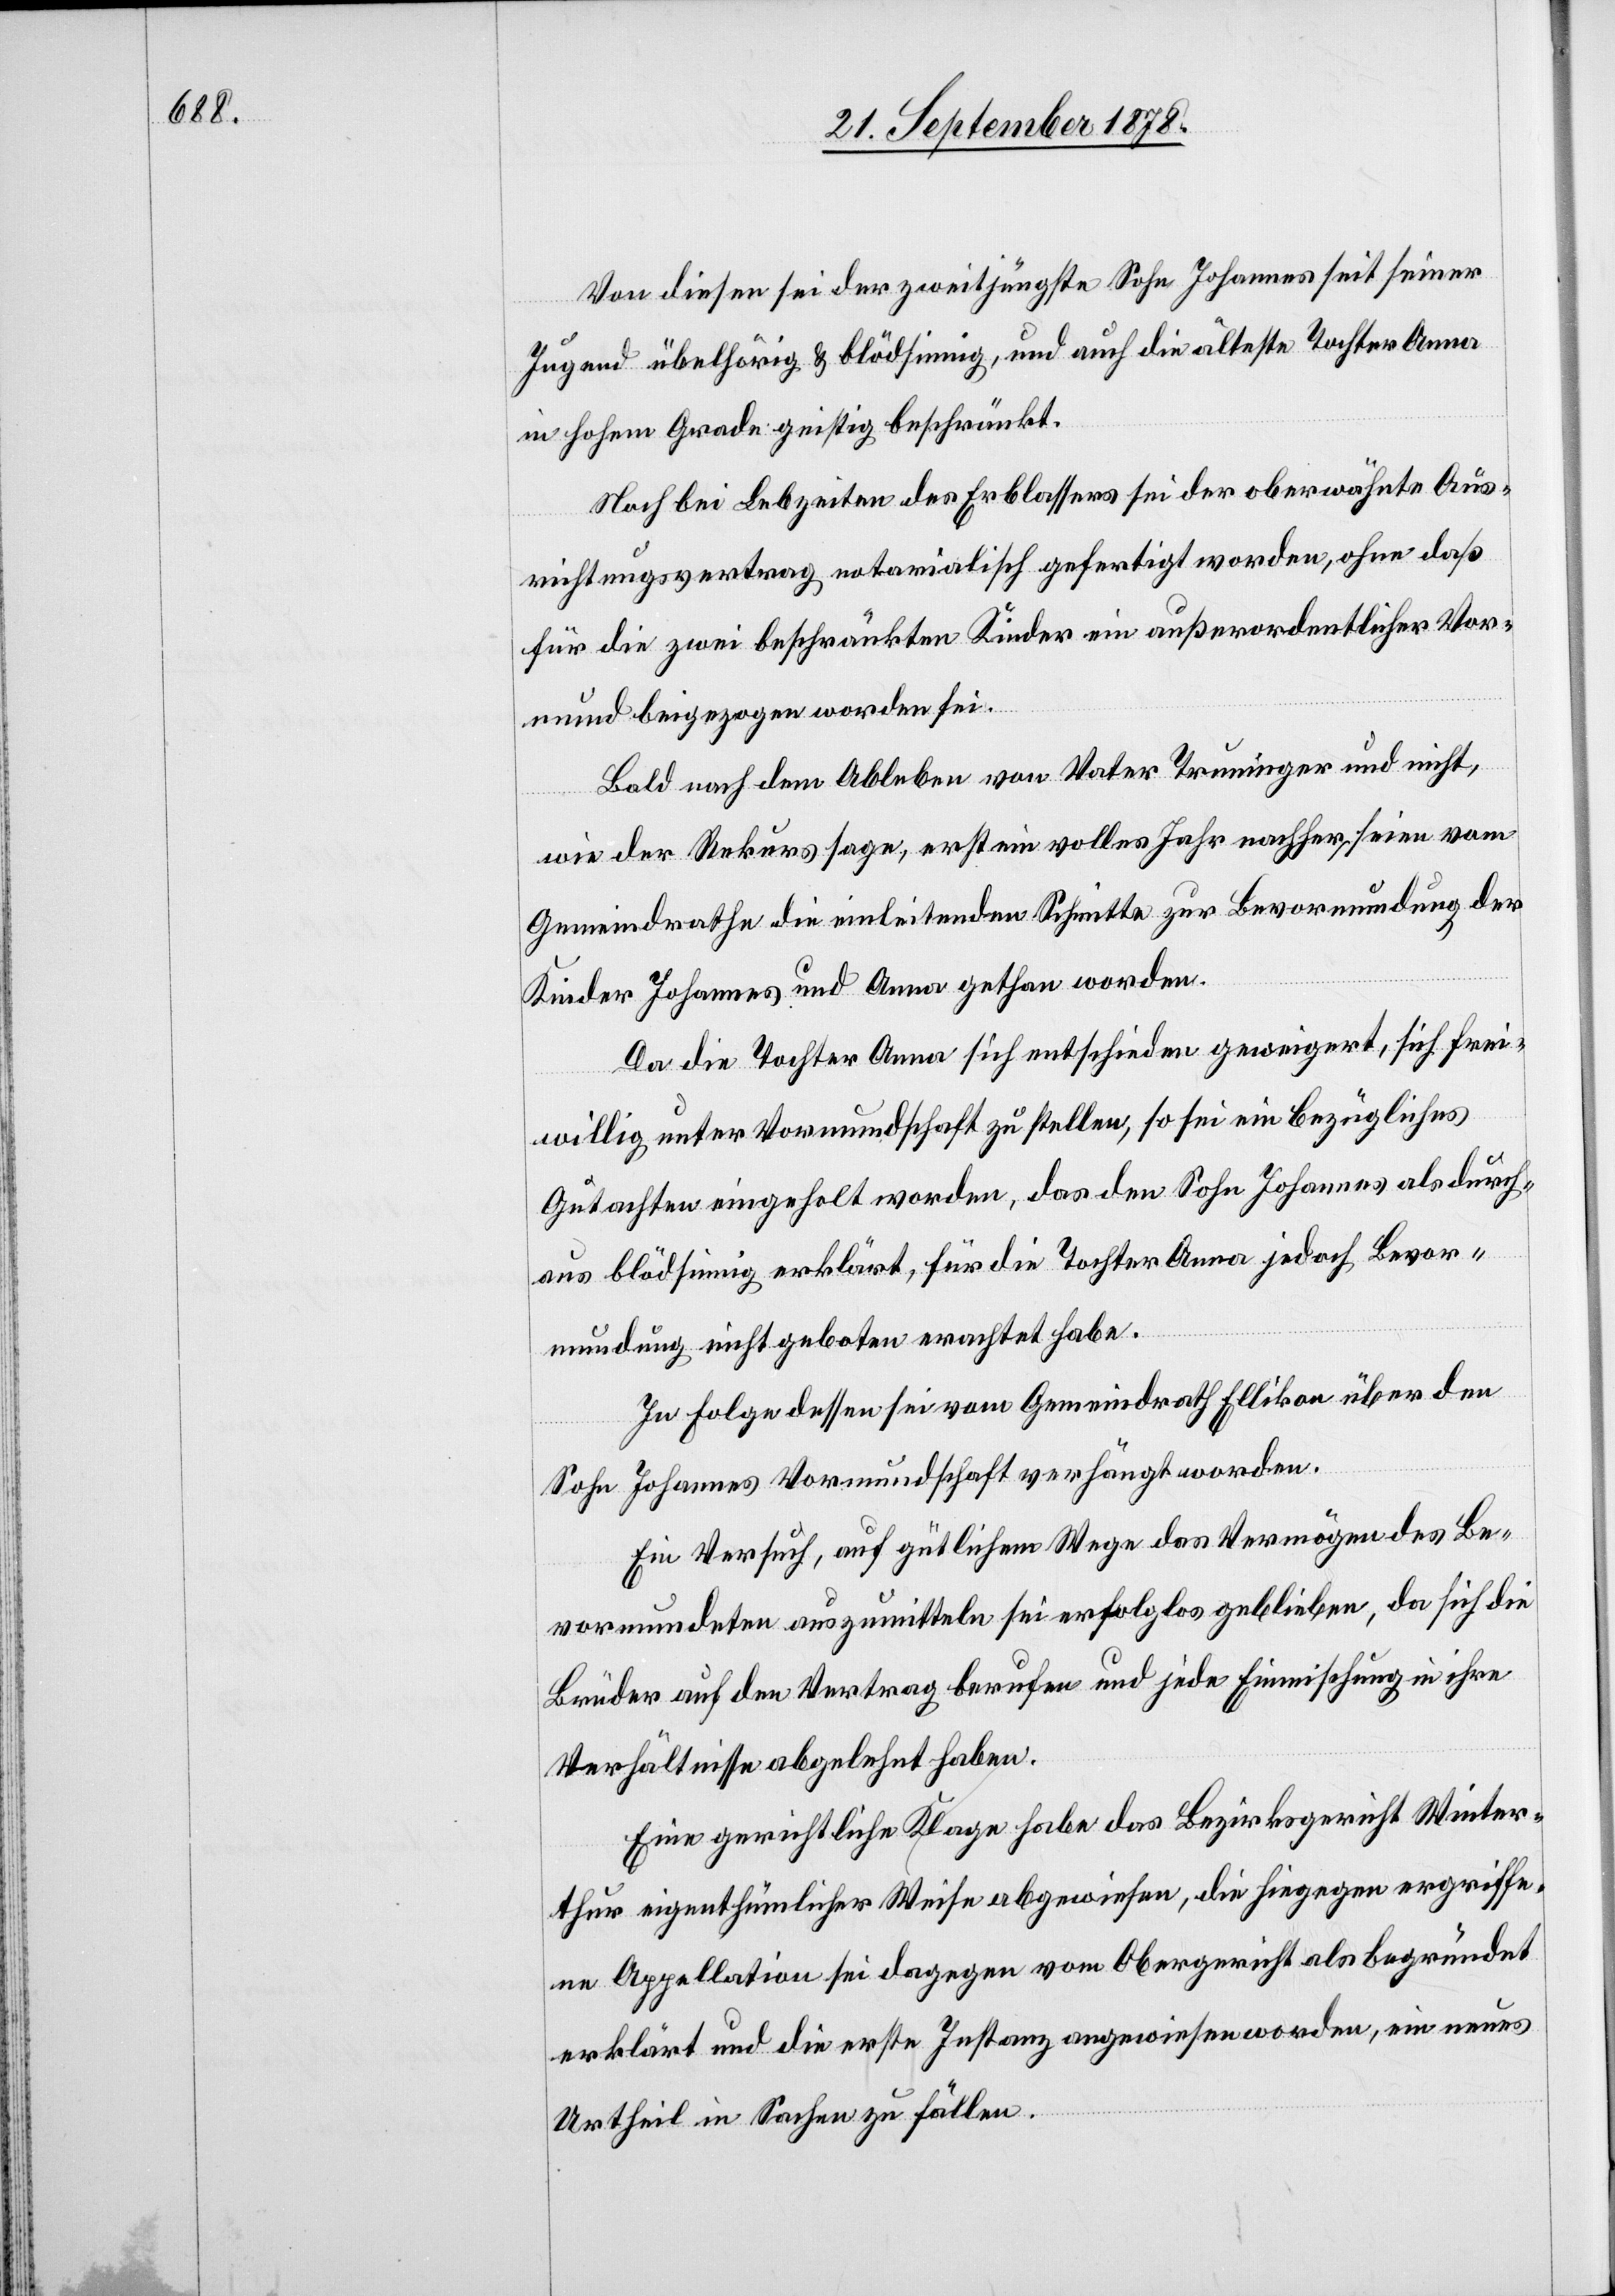
Von diesen sei der zweitjüngste Sohn Johannes seit seiner
Jugend übelhörig & blödsinnig, und auch die älteste Tochter Anna
in hohem Grade geistig beschränkt.
Noch bei Lebzeiten des Erblassers sei der oberwähnte Aus¬
richtungsvertrag notarialisch gefertigt worden, ohne daß
für die zwei beschränkten Kinder ein außerordentlicher Vor¬
mund beigezogen worden sei.
Bald nach dem Ableben von Vater Truninger und nicht,
wie der Rekurs sage, erst ein volles Jahr nachher, seien vom
Gemeindrathe die einleitenden Schritte zur Bevormundung der
Kinder Johannes und Anna gethan worden.
Da die Tochter Anna sich entschieden geweigert, sich frei¬
willig unter Vormundschaft zu stellen, so sei ein bezügliches
Gutachten eingeholt worden, das den Sohn Johannes als durch¬
aus blödsinnig erklärt, für die Tochter Anna jedoch Bevor¬
mundung nicht geboten erachtet habe.
In Folge dessen sei vom Gemeindrath Ellikon über den
Sohn Johannes Vormundschaft verhängt worden.
Ein Versuch, auf gütlichem Wege das Vermögen des Be¬
vormundeten auszumitteln sei erfolglos geblieben, da sich die
Brüder auf den Vertrag berufen und jede Einmischung in ihre
Verhältnisse abgelehnt haben.
Eine gerichtliche Klage habe das Bezirksgericht Winter¬
thur eigenthümlicher Weise abgewiesen, die hiegegen ergriffe¬
ne Appellation sei dagegen vom Obergericht als begründet
erklärt und die erste Instanz angewiesen worden, ein neues
Urtheil in Sachen zu fällen.